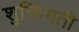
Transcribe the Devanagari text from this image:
शुक्तिगती